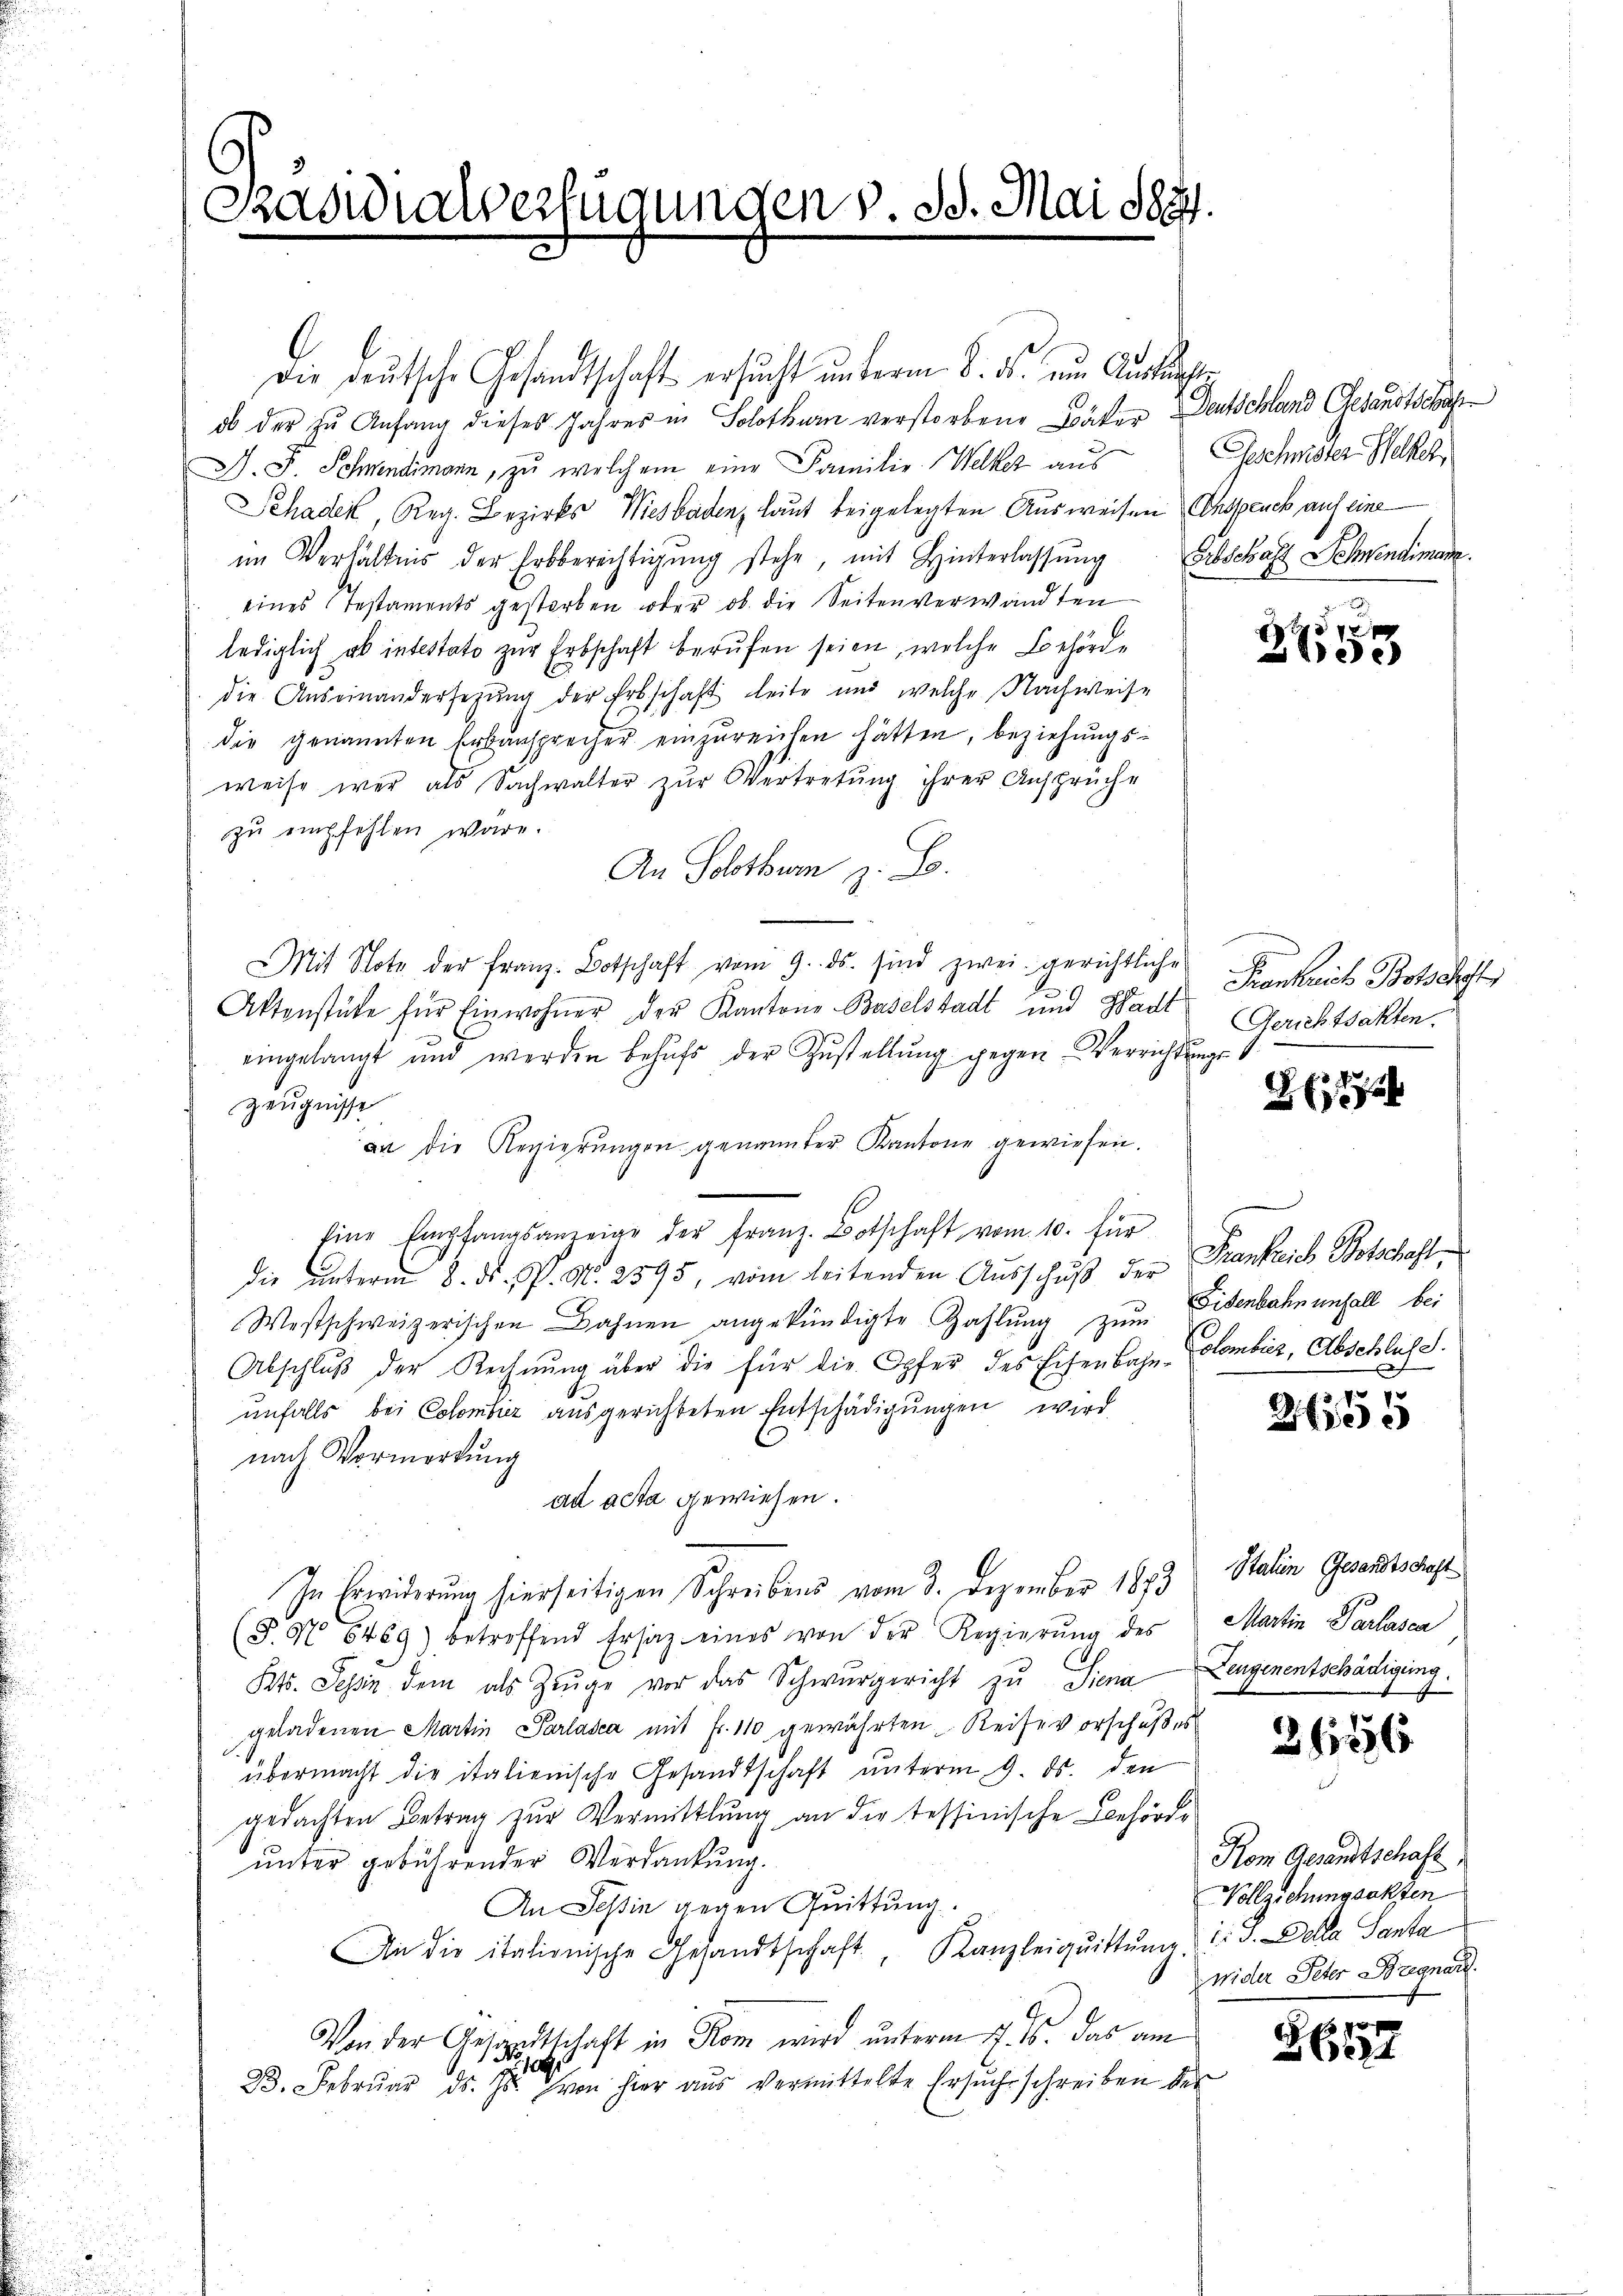
Sadidialverfügungen v. Js. Mai de

Die deŭtsche Gesandtschaft ersŭcht ŭnterm 8. ds. um Ausleuchte
ob der zu Anfang dieses Jahres in Solothurn verstorbene Bäker Deutschland Gesandtschaf
J. F. Schwendimann, zu welchem eine Familie Welkez aus
Schaden, Reg. Bezirks Wiesbaden, laut beigelegten Ausweisen Anspruch auf eine
im Verhältnis der Erbberechtigŭng stehe, mit Hinterlassŭng Erbschaft Schnendimann.
eines Testaments gestorben oder ob die Seitenverwandten
lediglich ab intestato zur Erbschaft berufen seien, welche Behörde
die Auseinandersetzung der Erbschaft leite und welche Nachweise
die genannten Erbansprecher einzureichen hätten, beziehungsweise war als Sachwalter zur Vertretung ihrer Ansprüche
zŭ empfehlen wäre.
An Solothurm z. B.
Mit Note der Franz-Botschaft vom 9. ds. sind zwei gerichtliche
Aktenstüke für Einwohner der Kantone Baselstadt und Hadt Gerichtsakten.
eingelangt und werden behŭfs der Zŭstellŭng gegen Verrichtŭngs-
Zeugnisse
an die Regierungen genannter Kantone gewiesen.
1
Eine Empfangsanzeige der Franz. Botschaft vom 10. für
die ŭnterm 8. d. P. N. 2595, vom leitenden Aŭsschŭβ der Frankreich Botschaft¬
Westschweizerischen Bahnen angekündigte Zahlŭng zŭm
Abschlŭβ der Rechnŭng über die für die Opfer des Eisenbahn-Colombiz, Abschluss.
unfalls bei Colombier ausgerichteten Entschädigungen wird
nach Vormordung
ad acta gewiesen.
In Erwiderung hierseitigen Schreibens vom 3. Dezember 1873 Stalien Gesandtsdest
(§. N. 5469) betroffend Ersatz eines von der Regierŭng des Martin Parlasca
Kts. Tessin dem als Zeŭge vor das Schwurgericht zu Siena
geladenen Martin Parlasca mit Fr. 110 gewährten Reise vorschußes
übermacht die italienische Gesandtschaft unterm 9. ds. den
gedachten Betrag zur Vermittlung an die tessinische Behörde
unter gebührender Verdankung.
An Tessin gegen Quittung.
An die italionische Gesandtschaft, Kanzleiqŭittŭng u. v. Della Santa
Von der Gesandtschaft in Rom wird unterm 4. M. das am
109/1
23. Februar d. Js. von hier aus vermittelte Ersuchsschreiben der

Geschnisser-Welker,

0 x
2de

Frankreich Botschl

2

Eisenbahn unfall bei

21355

Zeugenentschädigung.

21256

Kom Gesandtschaft
Vollziehungsakten
wider Peter Begnarl

g
BGert